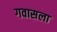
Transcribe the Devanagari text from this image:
गवासला